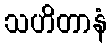
သဟိတာနံ